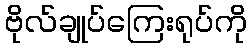
ဗိုလ်ချုပ်ကြေးရုပ်ကို